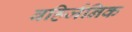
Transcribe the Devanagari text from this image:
बहिर्जनिक